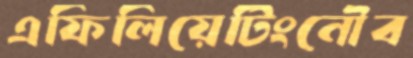
এফিলিয়েটিংনৌব